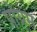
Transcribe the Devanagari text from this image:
प्रोग्रम